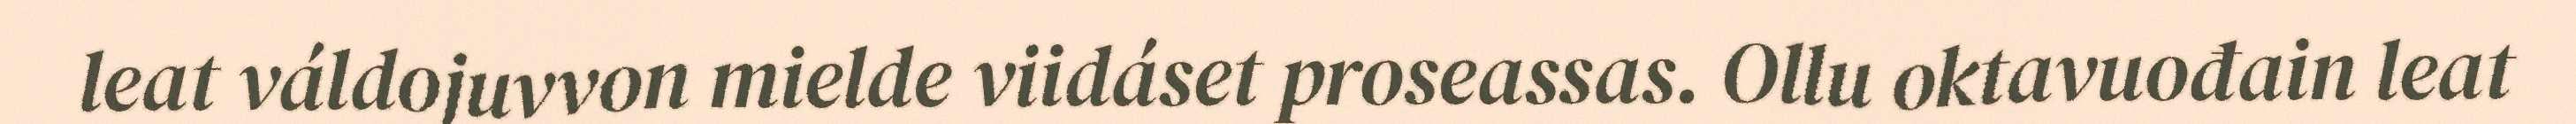
leat váldojuvvon mielde viidáset proseassas. Ollu oktavuođain leat